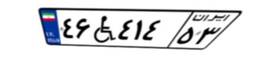
۴۶W۴۱۴۵۳